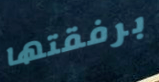
برفقتها